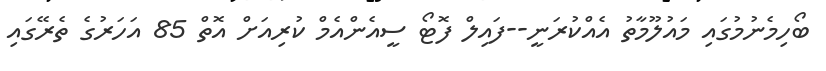
ބޯހިމެނުމުގައި މައުލޫމާތު އެއްކުރަނީ--ފައިލް ފޮޓޯ ސީއެންއެމް ކުރިއަށް އޮތް 85 އަހަރުގެ ތެރޭގައި